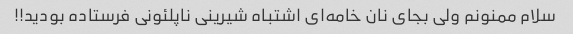
سلام ممنونم ولی بجای نان خامه‌ای اشتباه شیرینی ناپلئونی فرستاده بودید!!